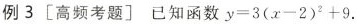
例3 [高频考题] 已知函数 $$y = 3 ( x - 2 ) ^ { 2 } + 9$$ .